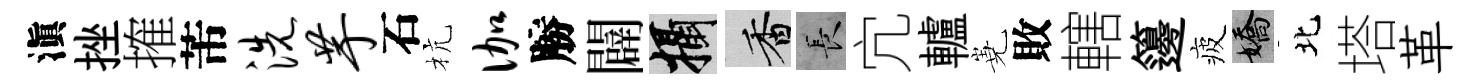
滇挫搉芾洗芋石杭伽勝闢攝香长宂轤嶤敗轄籩疲嬌北塔革